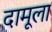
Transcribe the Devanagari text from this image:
दामूला